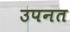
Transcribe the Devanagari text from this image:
उपनत